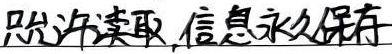
只允许读取，信息永久保存